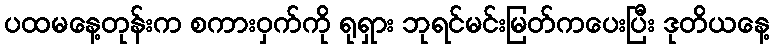
ပထမနေ့တုန်းက စကားဝှက်ကို ရုရှား ဘုရင်မင်းမြတ်ကပေးပြီး ဒုတိယနေ့